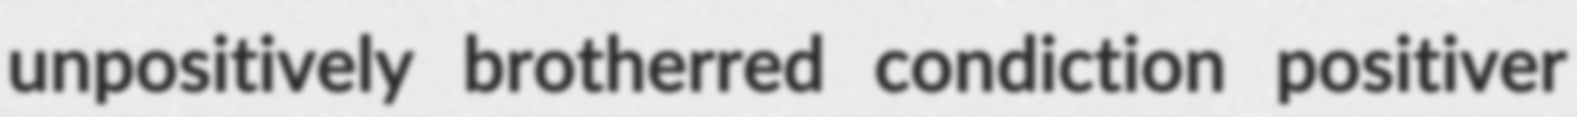
unpositively brotherred condiction positiver